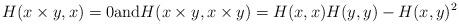
LaTeX: \begin{align*}H(x \times y, x) = 0\textrm{and} H(x \times y, x \times y) = H(x, x) H(y, y) - H(x, y)^2\end{align*}